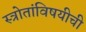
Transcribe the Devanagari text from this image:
स्त्रोतांविषयीची